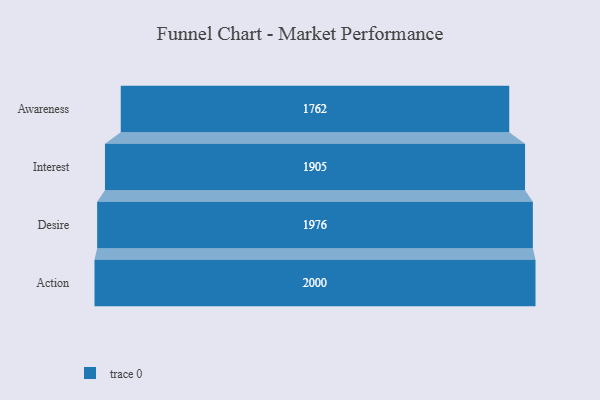
{"axis": {"x": "Stage", "y": "Value"}, "legend": [""], "data": [{"x": "Awareness", "y": 1762.0, "type": ""}, {"x": "Interest", "y": 1905.0, "type": ""}, {"x": "Desire", "y": 1976.0, "type": ""}, {"x": "Action", "y": 2000, "type": ""}]}